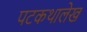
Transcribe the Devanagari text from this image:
पटकथालेख